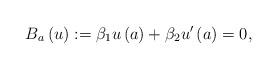
LaTeX: \begin{align*}B_{a}\left( u\right) :=\beta _{1}u\left( a\right) +\beta _{2}u^{\prime}\left( a\right) =0, \end{align*}